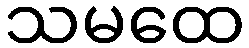
သမထေ